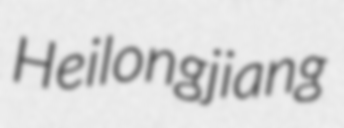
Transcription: Heilongjiang